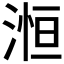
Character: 𪶥